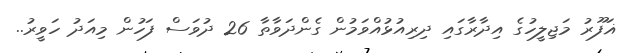
ޣަފޫރު މަޖިލީހުގެ އިދާރާގައި ދިރިއުޅުއްވަމުން ގެންދަވާތާ 26 ދުވަސް ފަހުން މިއަދު ހަވީރު..